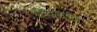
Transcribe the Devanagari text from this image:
पीएच्‌डी